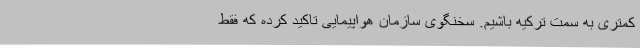
کمتری به سمت ترکیه باشیم. سخنگوی سازمان هواپیمایی تاکید کرده که فقط